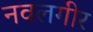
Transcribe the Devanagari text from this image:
नवलगीर